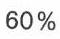
60 %